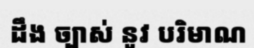
ដឹង ច្បាស់ នូវ បរិមាណ